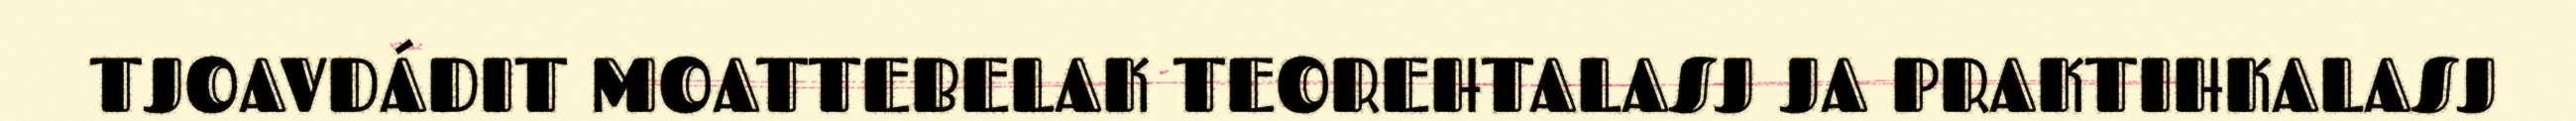
TJOAVDÁDIT MOATTEBELAK TEOREHTALASJ JA PRAKTIHKALASJ